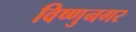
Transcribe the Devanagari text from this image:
विष्णुनगर